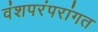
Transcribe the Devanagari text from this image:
वंशपरंपरांगत